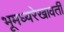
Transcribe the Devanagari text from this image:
भूमध्यरेखावर्ती